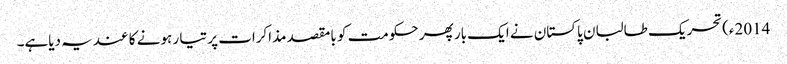
2014ء)تحریک طالبان پاکستان نے ایک بار پھر حکومت کو بامقصد مذاکرات پر تیا ر ہونے کا عندیہ دیاہے۔